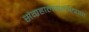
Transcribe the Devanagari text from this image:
संग्रहालयशास्त्राचा